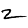
Digit: 2